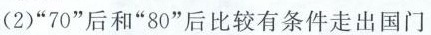
(3(1)2016~2018年，中国农村居民出境游人数的增长幅度明显高于城镇居民出境游人数的增长幅度，0”后和”80”后比较有条件走出国门石世界)中国民众出境游选择”生活体验慢慢慢”多是”90”后和”0材料三中，三幅图代表了中国民众出境游的三种主要类型。请结合材料二、三，预测在接下来的五年中，这三种类型中哪一种预测在中国民众出境游的主要趋势，并简述你的理(3分